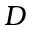
D